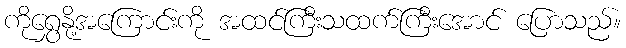
ကိုရွှေနို့အကြောင်းကို အထင်ကြီးသထက်ကြီးအောင် ပြောသည်။